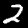
Digit: 2